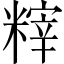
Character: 𥻮